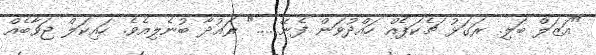
"އަޒަލް ބަލި. ރަގަޅު ޗެކަޕެއް ހައްދުވަން ފެނޭ......" ރައުދާ ބުނެލިއެވެ. ހައިކަލް ޖަވާބެއް